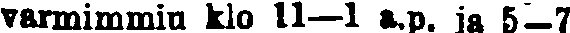
varmimmin klo 11—1 a.p. ja 5—7